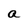
Character: a